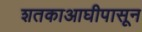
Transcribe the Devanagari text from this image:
शतकाआघीपासून